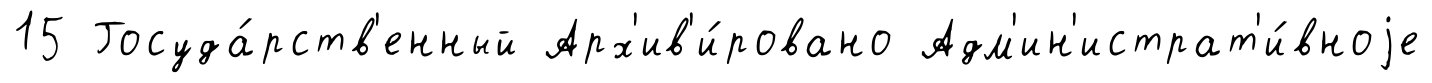
15 Госуда́рств'енный Арх'ив'и́ровано Адм'ин'истрат'и́вноjе